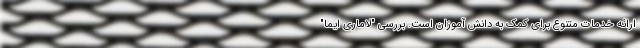
ارائه خدمات متنوع برای کمک به دانش آموزان است. بررسی "لاماری ایما"